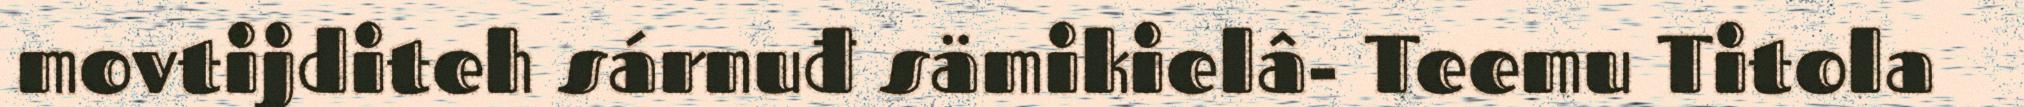
movtijditeh sárnuđ sämikielâ- Teemu Titola